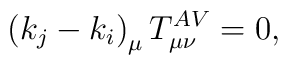
\left( k_{j}-k_{i}\right) _{\mu }T_{\mu \nu }^{AV}=0,